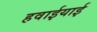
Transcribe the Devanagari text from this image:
हवाईयाई